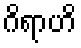
ဂိရာဟိ